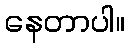
နေတာပါ။